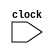
module prod
(
  input clock
);

  wire         reset;   

  wire         trgio_debug_port_req_validLeft;
  wire         trgio_debug_port_req_validRight;

  wire  [31:0] trgio_debug_port_req_bits_addrLeft;
  wire  [31:0] trgio_debug_port_req_bits_addrRight;

  wire  [31:0] trgio_debug_port_req_bits_dataLeft;
  wire  [31:0] trgio_debug_port_req_bits_dataRight;

  wire         trgio_debug_port_req_bits_fcnLeft;
  wire         trgio_debug_port_req_bits_fcnRight;

  wire  [2:0]  trgio_debug_port_req_bits_typLeft;
  wire  [2:0]  trgio_debug_port_req_bits_typRight;

  wire         trgio_debug_port_resp_validLeft;
  wire         trgio_debug_port_resp_validRight;

  wire  [31:0] trgio_debug_port_resp_bits_dataLeft;
  wire  [31:0] trgio_debug_port_resp_bits_dataRight;

  wire         trgio_master_port_0_req_validLeft;
  wire         trgio_master_port_0_req_validRight;

  wire  [31:0] trgio_master_port_0_req_bits_addrLeft;
  wire  [31:0] trgio_master_port_0_req_bits_addrRight;

  wire  [31:0] trgio_master_port_0_req_bits_dataLeft;
  wire  [31:0] trgio_master_port_0_req_bits_dataRight;

  wire         trgio_master_port_0_req_bits_fcnLeft;
  wire         trgio_master_port_0_req_bits_fcnRight;

  wire  [2:0]  trgio_master_port_0_req_bits_typLeft;
  wire  [2:0]  trgio_master_port_0_req_bits_typRight;

  wire         trgio_master_port_0_resp_validLeft;
  wire         trgio_master_port_0_resp_validRight;

  wire  [31:0] trgio_master_port_0_resp_bits_dataLeft;
  wire  [31:0] trgio_master_port_0_resp_bits_dataRight;

  wire         trgio_master_port_1_req_validLeft;
  wire         trgio_master_port_1_req_validRight;

  wire  [31:0] trgio_master_port_1_req_bits_addrLeft;
  wire  [31:0] trgio_master_port_1_req_bits_addrRight;

  wire  [31:0] trgio_master_port_1_req_bits_dataLeft;
  wire  [31:0] trgio_master_port_1_req_bits_dataRight;

  wire         trgio_master_port_1_req_bits_fcnLeft;
  wire         trgio_master_port_1_req_bits_fcnRight;

  wire  [2:0]  trgio_master_port_1_req_bits_typLeft;
  wire  [2:0]  trgio_master_port_1_req_bits_typRight;

  wire         trgio_master_port_1_resp_validLeft;
  wire         trgio_master_port_1_resp_validRight;

  wire  [31:0] trgio_master_port_1_resp_bits_dataLeft;
  wire  [31:0] trgio_master_port_1_resp_bits_dataRight;

  wire         trgio_interrupt_debugLeft;
  wire         trgio_interrupt_debugRight;

  wire         trgio_interrupt_mtipLeft;
  wire         trgio_interrupt_mtipRight;

  wire         trgio_interrupt_msipLeft;
  wire         trgio_interrupt_msipRight;

  wire         trgio_interrupt_meipLeft;
  wire         trgio_interrupt_meipRight;

  wire         trgio_hartidLeft;
  wire         trgio_hartidRight;

  wire  [31:0] trgio_reset_vectorLeft;
  wire  [31:0] trgio_reset_vectorRight;



//**Wire declarations**//
//**Init register**//
//**Stuttering Signal**//
//**Self-composed modules**//
//**Initial state**//
//**State invariants**//
//**Verification conditions**//
endmodule